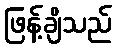
ဖြန့်ချိသည်